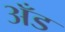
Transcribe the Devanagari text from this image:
अँड